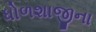
ધોળશાજીના